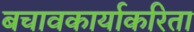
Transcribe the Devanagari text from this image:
बचावकार्याकरिता